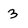
Character: 3